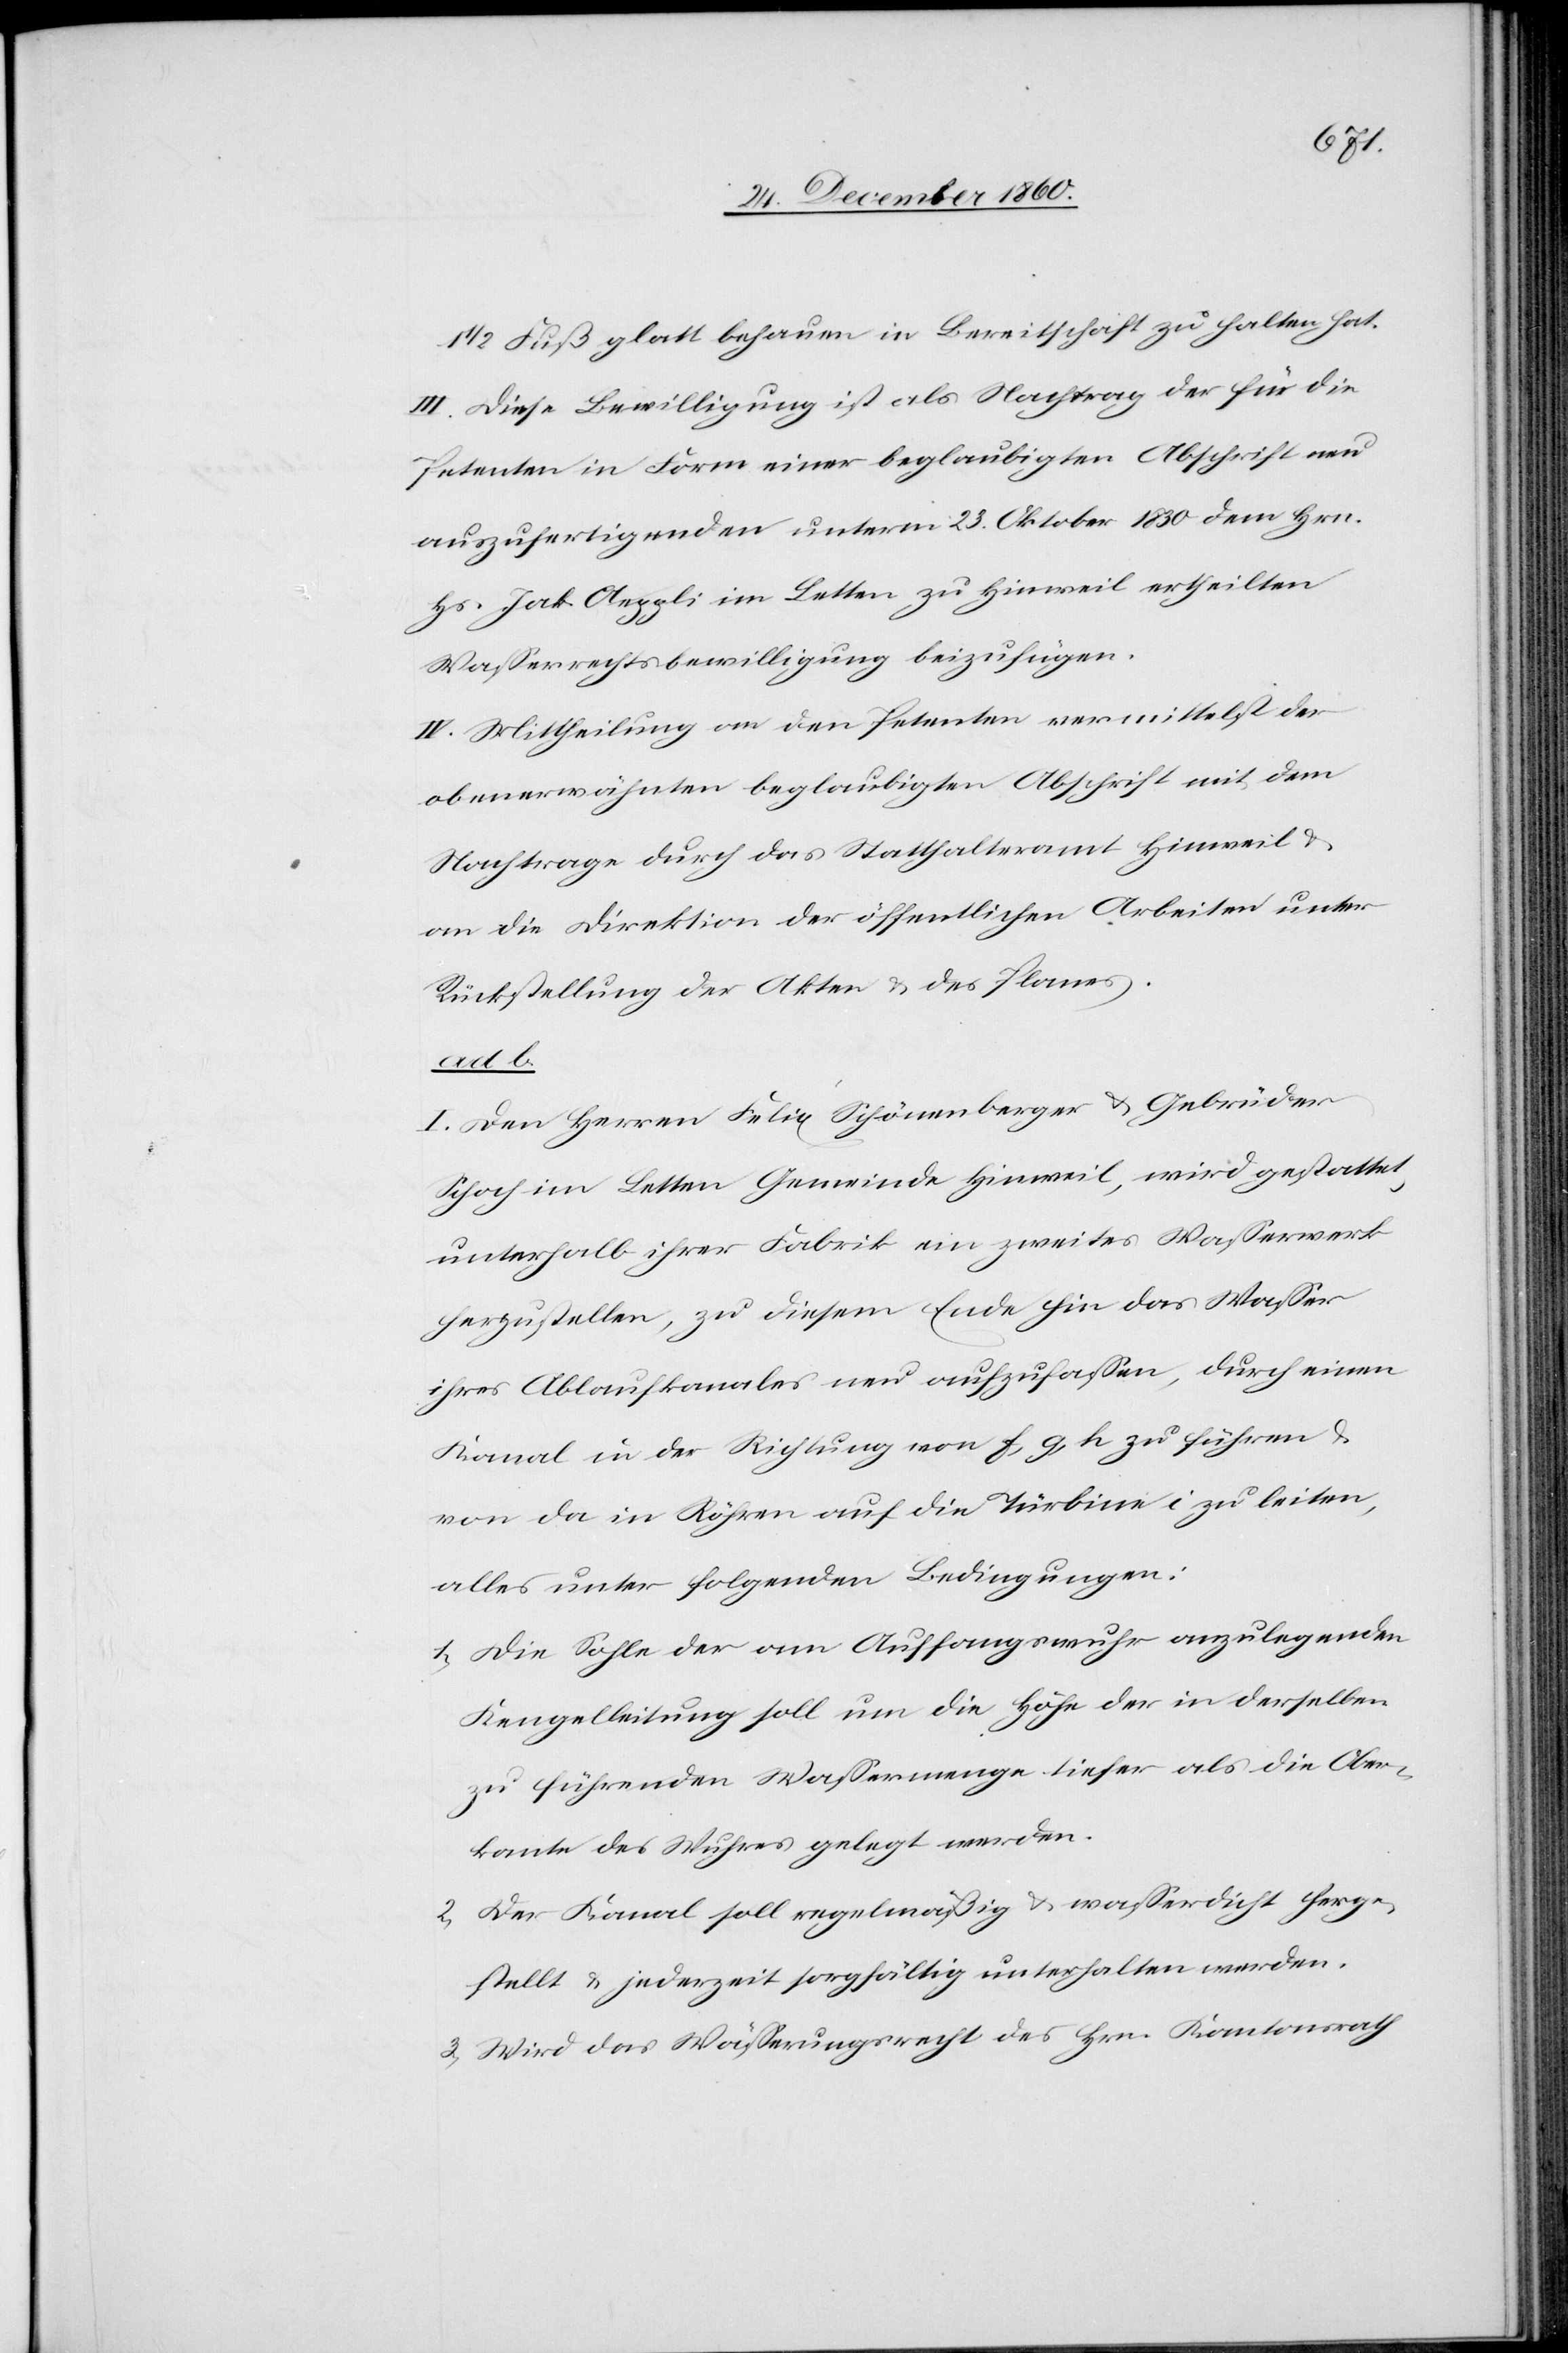
1/2 Fuß glatt behauen in Bereitschaft zu halten hat.
III. Diese Bewilligung ist als Nachtrag der für die
Petenten in Form einer beglaubigten Abschrift neu
auszufertigenden unterm 23. Oktober 1830 dem Hrn.
H. Jak. Aeppli im Letten zu Hinweil ertheilten
Wasserrechtsbewilligung beizufügen.
IV. Mittheilung an den Petenten vermittelst der
obenerwähnten beglaubigten Abschrift mit dem
Nachtrage durch das Statthalteramt Hinweil u.
an die Direktion der öffentlichen Arbeiten unter
Rückstellung der Akten u. des Planes.
ad b.
I. Den Herren Felix Schönenberger u. Gebrüder
Schoch im Letten Gemeinde Hinweil, wird gestattet,
unterhalb ihrer Fabrik ein zweites Wasserwerk
herzustellen, zu diesem Ende hin das Wasser
ihres Ablaufkanales neu aufzufassen, durch einen
Kanal in der Richtung von f, g, h zu führen u.
von da in Röhren auf die Türbine i zu leiten,
alles unter folgenden Bedingungen:
1. Die Sohle der am Auffangswuhr anzulegenden
Kengelleitung soll um die Höhe der in derselben
zu führenden Wassermenge tiefer als die Ober¬
kante des Wuhres gelegt werden.
2. Der Kanal soll regelmäßig u. wasserdicht herge¬
stellt u. jederzeit sorgfältig unterhalten werden.
3. Wird das Wässerungsrecht des Hrn. Kantonsrath